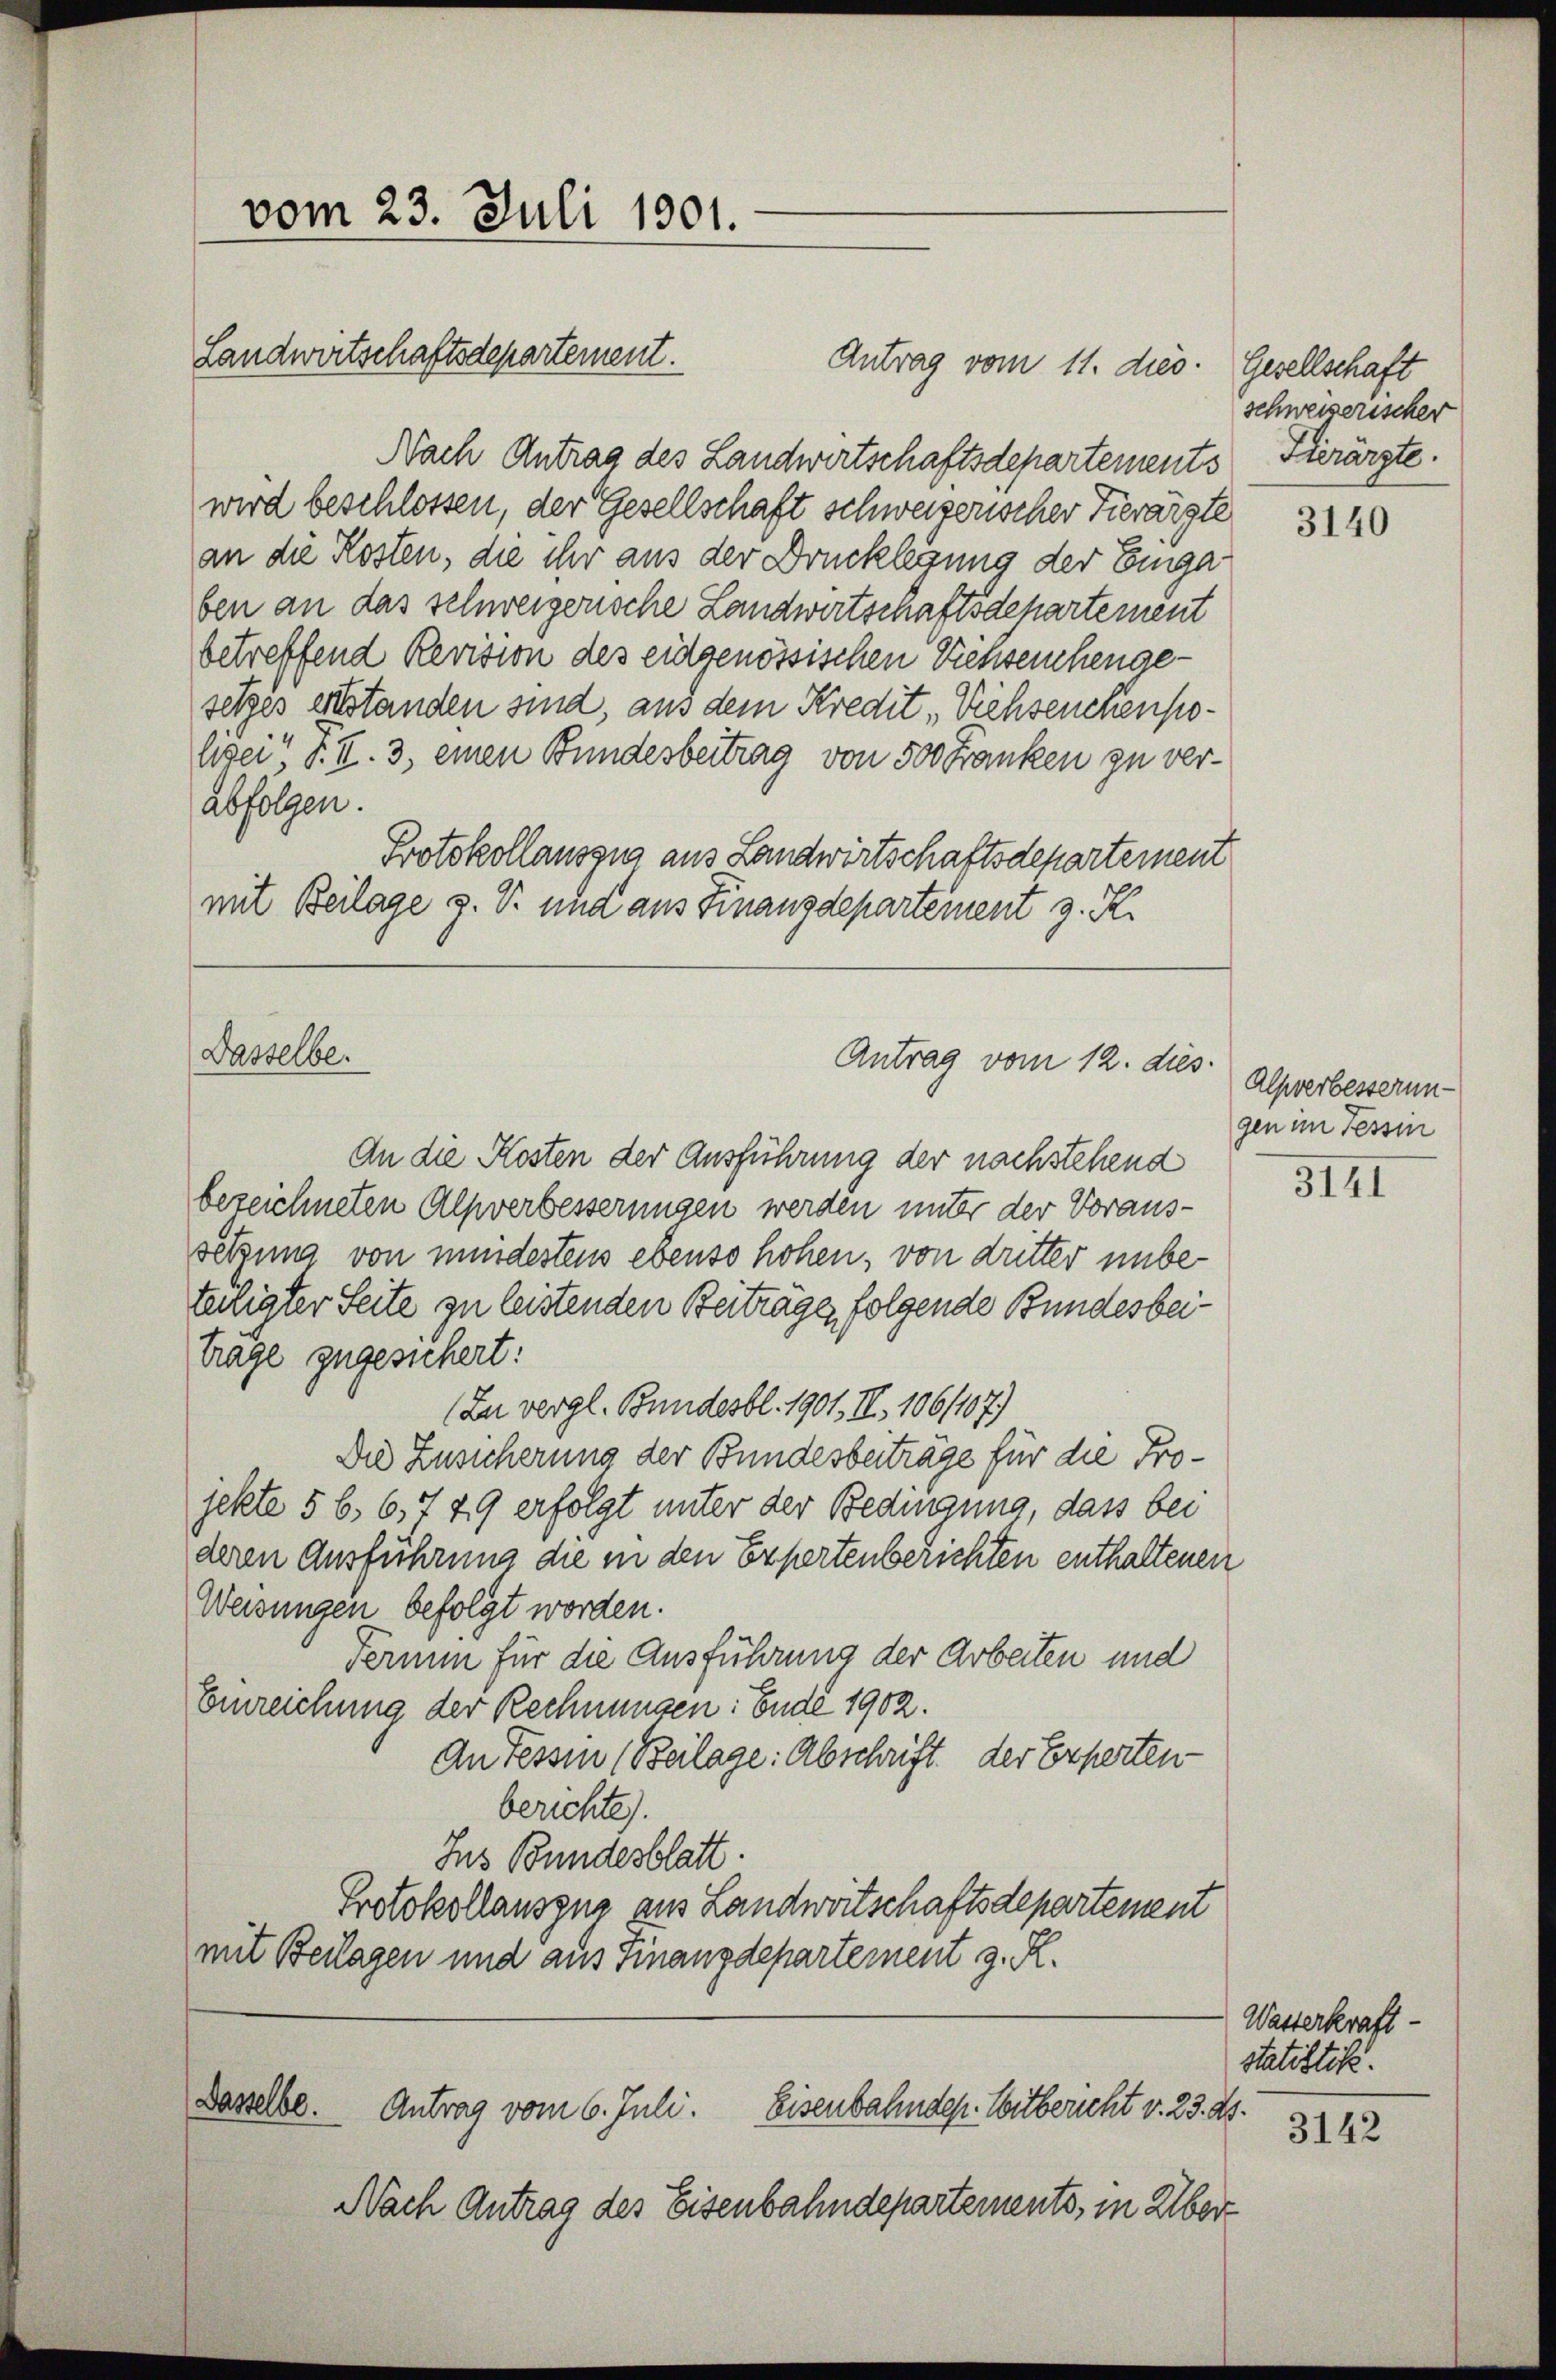
vom 23. Juli 1901.

Landwirtschaftsdepartement.

Dasselbe.

Antrag vom 11. dies. Gesellschaft
Nach Antrag des Landwirtschaftsdepartements
wird beschlossen, der Gesellschaft schweizerischer Tierärzte
an die Kosten, die ihr aus der Drucklegung der Einga
ben an das schweizerische Landwirtschaftsdepartement
betreffend Revision des eidgenössischen Viehseinhengesetzes erstanden sind, aus dem Kredit, Viehseuchenpohsei? F. II. 3, einen Bundesbeitrag von 500 Franken zu verabfolgen.
Protokollauszug aus Landwirtschaftsdepartement
mit Beilage z. V. und aus Finanzdepartement z. R.

Antrag vom 12. dies

An die Kosten der Ausführung der nachstehend
bezeichneten Alpverbesserungen werden unter der Voraus-
setzung von mindestens ebenso hohen, von dutter unbeteiligter Seite zu leistenden Beiträge, folgende Bundesbeitrage zugesichert:
(Zu vergl. Bundesbl. 1901, II. 1061107.)
Die Zusicherung der Bundesbeiträge für die Projekte 5 6, 6, 49 erfolgt unter der Bedingung, dass bei
deren Ausführung die in den Expertenberichten enthaltenen
Weisungen befolgt worden.
Fermin für die Ausführung der Arbeiten und
Einreichung der Rechnungen: Ende 1902.
An Tessin (Beilage: Abschrift der Experten
berichte).
Jus Bundesblatt.
Protokollauszug aus Landwirtschaftsdepartement
mit Beilagen und aus Finanzdepartement z. R.

Dasselbe. Antrag vom 6. Juli. Eisenbahndep. Mitbericht v. 23. ds.

Nach Antrag des Eisenbahndepartements, in Über

schweizerischer
Sierärzte.

3140

Alpverbesserun-
gen im Tessin

3141

Wasserkraft
statistik.
3142